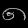
Digit: ၈